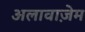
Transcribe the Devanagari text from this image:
अलावाज़ेम